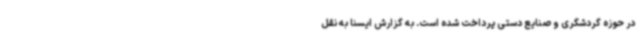
در حوزه گردشگری و صنایع‌ دستی پرداخت ‌شده است. به گزارش ایسنا به نقل